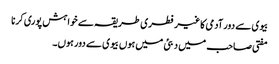
بیوی سے دور آدمی کا غیر فطری طریقہ سے خواہش پوری کرنا
مفتی صاحب میں دبئی میں ہوں بیوی سے دور ہوں۔